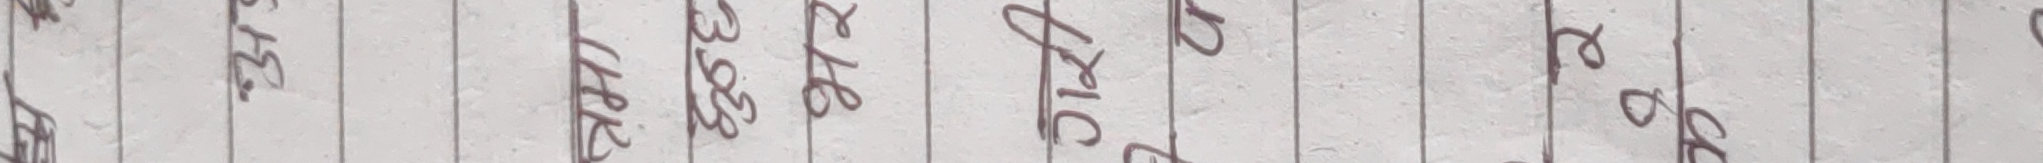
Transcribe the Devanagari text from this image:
र ७६
जिर ३९
र २१२